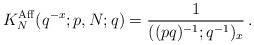
LaTeX: \begin{align*}K_N^{\rm Aff}(q^{-x};p,N;q)=\frac1{((pq)^{-1};q^{-1})_x}\,.\end{align*}